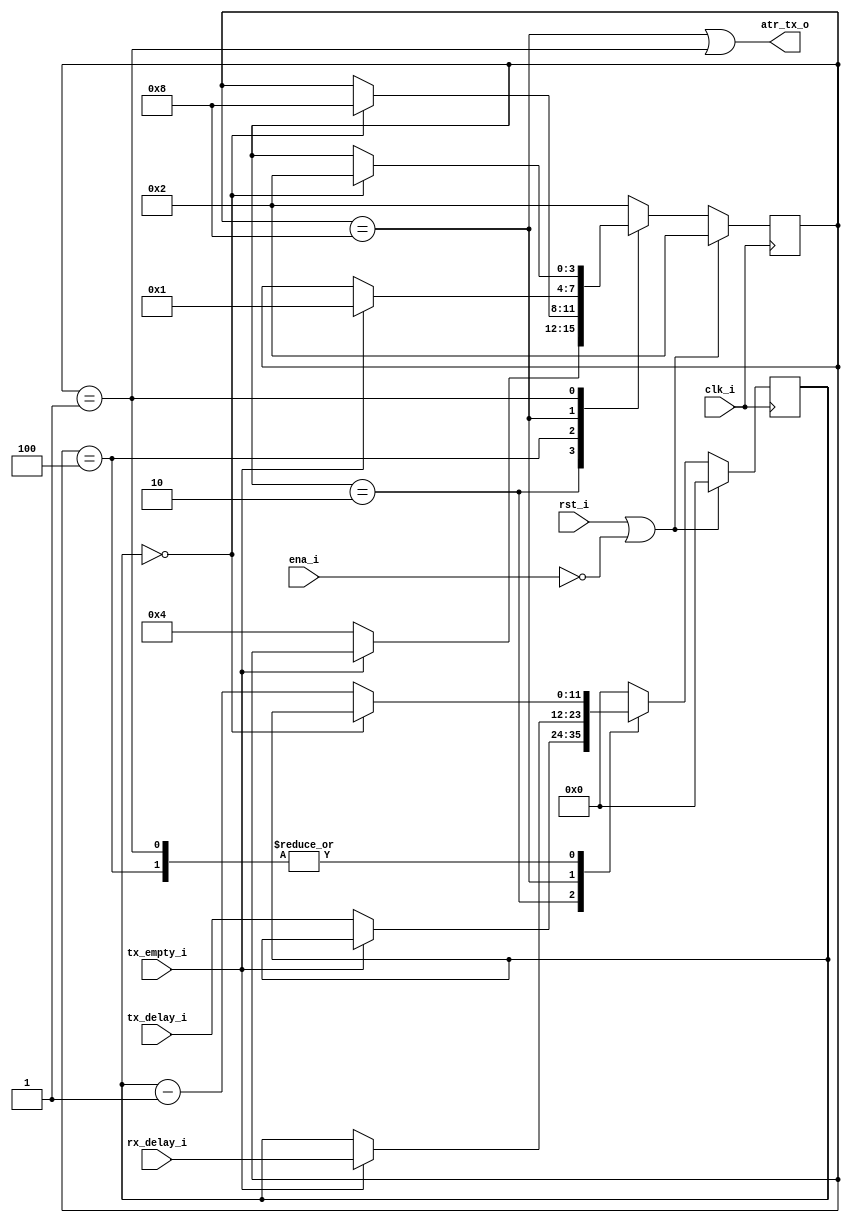
module atr_delay(clk_i,rst_i,ena_i,tx_empty_i,tx_delay_i,rx_delay_i,atr_tx_o);
   input        clk_i;
   input        rst_i;
   input        ena_i;
   input        tx_empty_i;
   input [11:0] tx_delay_i;
   input [11:0] rx_delay_i;
   output       atr_tx_o;

   reg [3:0] 	state;
   reg [11:0] 	count;

   `define ST_RX_DELAY 4'b0001
   `define ST_RX       4'b0010
   `define ST_TX_DELAY 4'b0100
   `define ST_TX       4'b1000

   always @(posedge clk_i)
     if (rst_i | ~ena_i)
       begin
	  state <= `ST_RX;
	  count <= 12'b0;
       end
     else
       case (state)
	 `ST_RX:
	   if (!tx_empty_i)
	     begin
		state <= `ST_TX_DELAY;
		count <= tx_delay_i;
	     end

	 `ST_TX_DELAY:
	   if (count == 0)
	     state <= `ST_TX;
	   else
	     count <= count - 1;

	 `ST_TX:
	   if (tx_empty_i)
	     begin
		state <= `ST_RX_DELAY;
		count <= rx_delay_i;
	     end

	 `ST_RX_DELAY:
	   if (count == 0)
	     state <= `ST_RX;
	   else
	     count <= count - 1;
	 
	 default:		// Error
	   begin
	      state <= `ST_RX;
	      count <= 0;
	   end
       endcase
   
   assign atr_tx_o = (state == `ST_TX) | (state == `ST_RX_DELAY);
   
endmodule